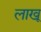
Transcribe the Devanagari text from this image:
लाखू